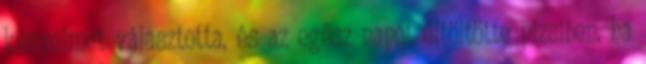
kényelmet választotta, és az egész napot eltöltötte pizsiben, ha